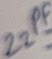
Text: 22PF